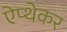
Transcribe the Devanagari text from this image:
ऐप्थेकर